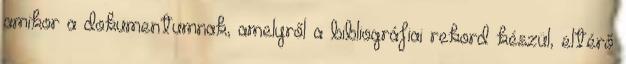
amikor a dokumentumnak, amelyről a bibliográfiai rekord készül, eltérő